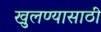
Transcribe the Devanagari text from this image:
खुलण्यासाठी